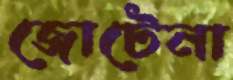
জোটেনা